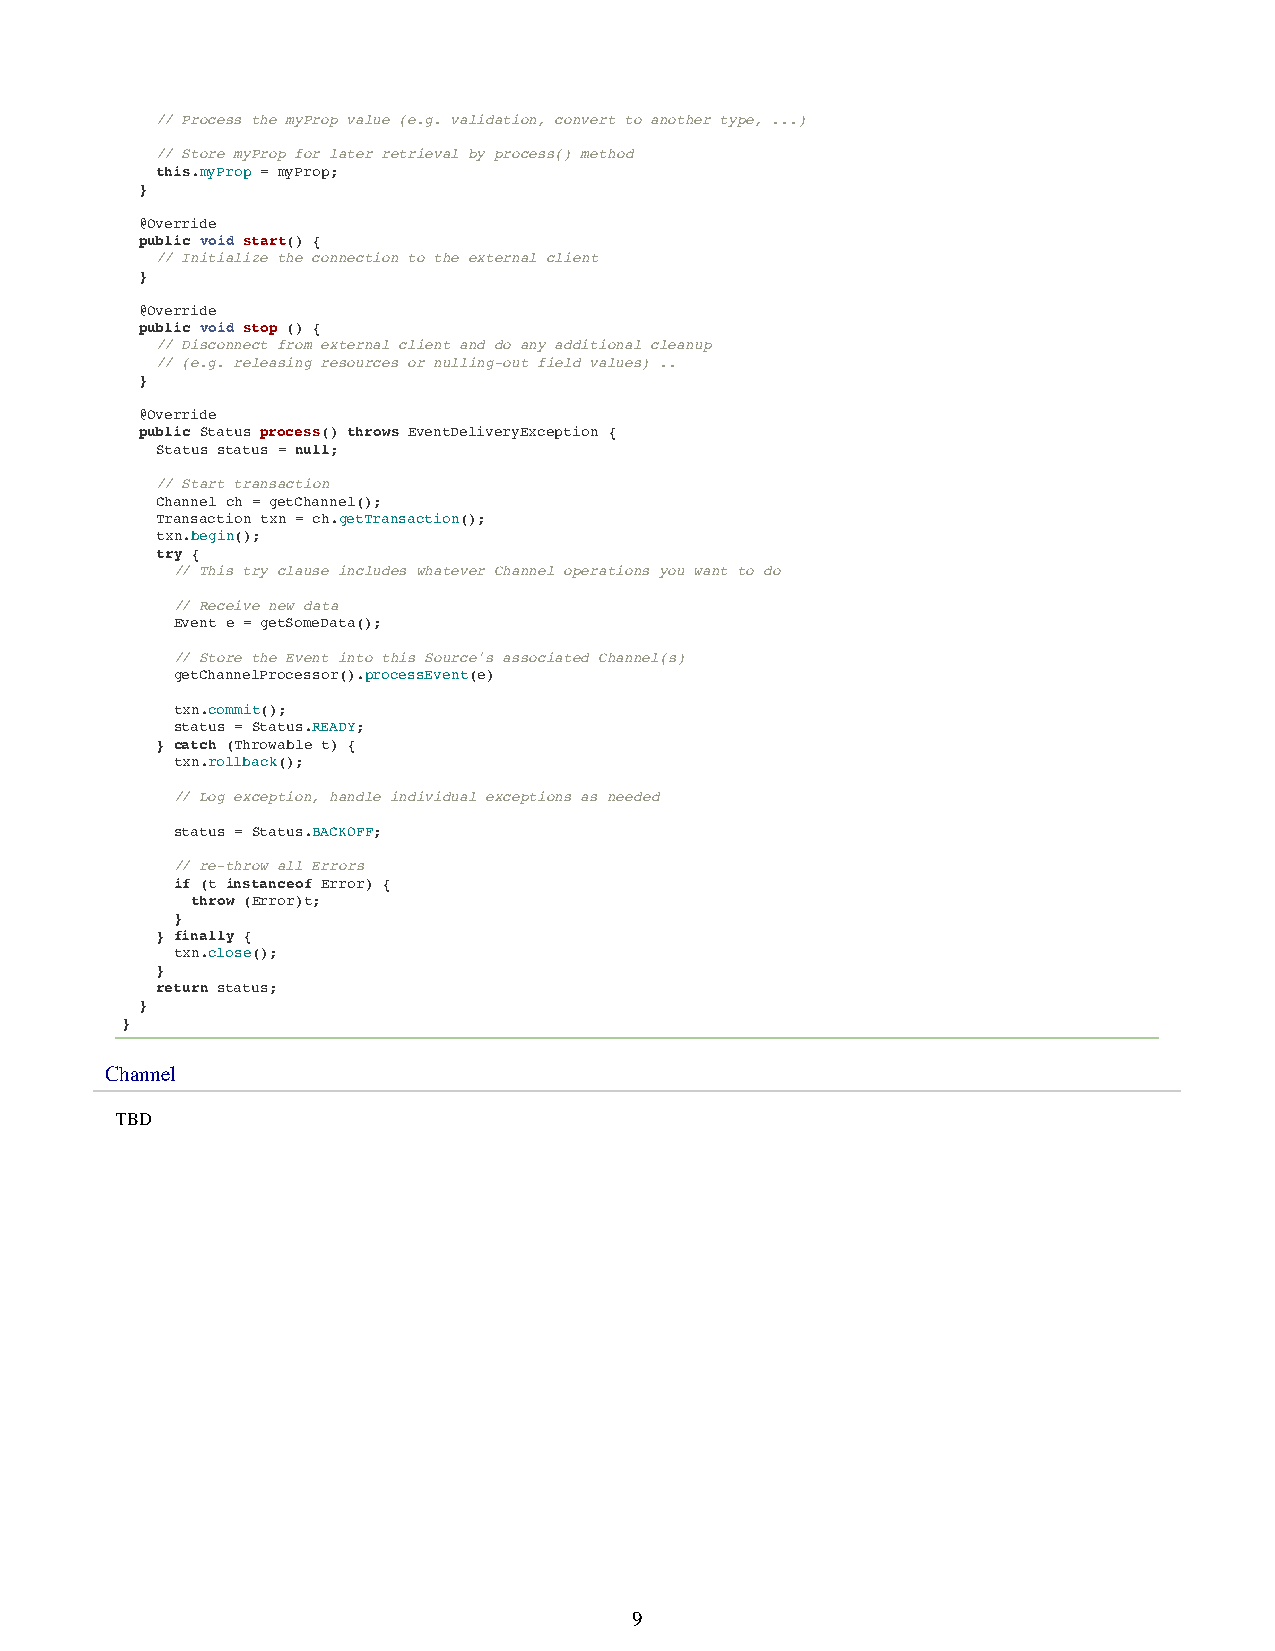
// Process the myProp value (e.g. validation, convert to another type, ...)
 // Store myProp for later retrieval by process() method
 this.myProp = myProp;
 }
 @Override
 public void start() {
 // Initialize the connection to the external client
 }
 @Override
 public void stop () {
 // Disconnect from external client and do any additional cleanup
 // (e.g. releasing resources or nulling-out field values) ..
 }
 @Override
 public Status process() throws EventDeliveryException {
 Status status = null;
 // Start transaction
 Channel ch = getChannel();
 Transaction txn = ch.getTransaction();
 txn.begin();
 try {
 // This try clause includes whatever Channel operations you want to do
 // Receive new data
 Event e = getSomeData();
 // Store the Event into this Source's associated Channel(s)
 getChannelProcessor().processEvent(e)
 txn.commit();
 status = Status.READY;
 } catch (Throwable t) {
 txn.rollback();
 // Log exception, handle individual exceptions as needed
 status = Status.BACKOFF;
 // re-throw all Errors
 if (t instanceof Error) {
 throw (Error)t;
 }
 } finally {
 txn.close();
 }
 return status;
 }
 }
 Channel
 TBD
 9